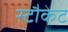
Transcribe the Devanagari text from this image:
स्टौकेट